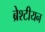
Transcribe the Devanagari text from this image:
ब्रेश्टीयन